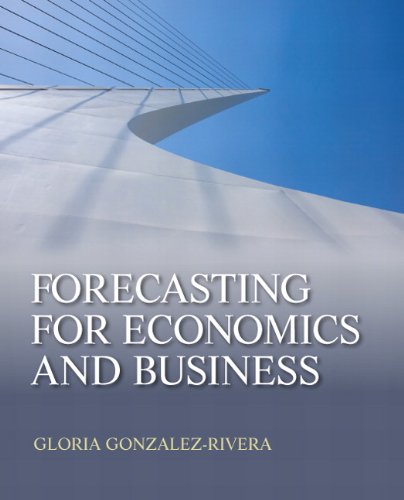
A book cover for Forecasting for Economics and Business (The Pearson Series in Economics); Gloria Gonzalez-Rivera; Business & Money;